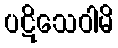
ပဋိသေဝါမိ